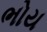
ભોય